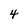
Character: 4